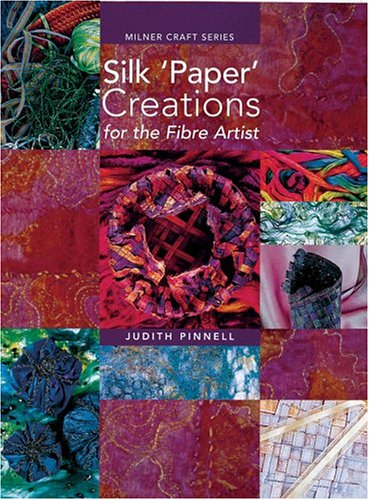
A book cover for Silk 'Paper' Creations for the Fibre Artist (Milner Craft Series); Judith Pinnell; Crafts, Hobbies & Home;